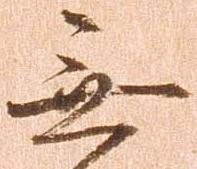
無